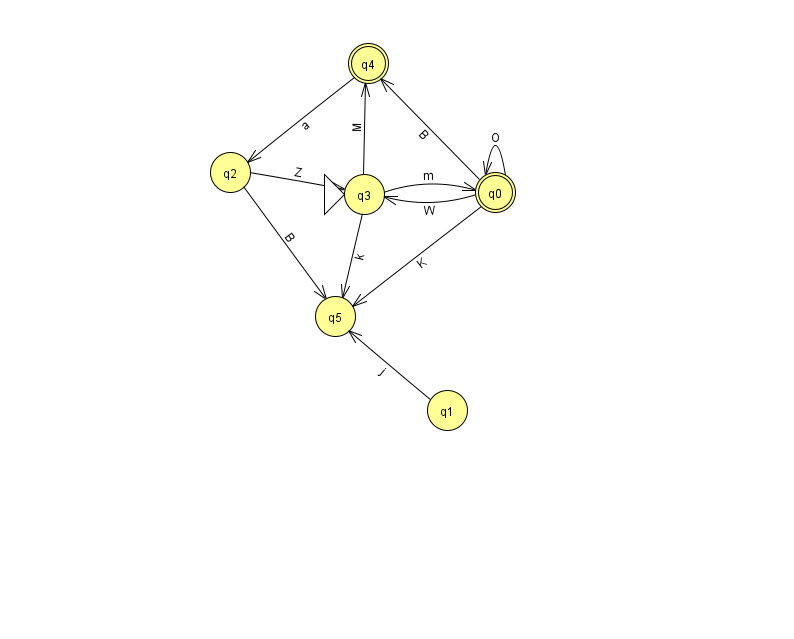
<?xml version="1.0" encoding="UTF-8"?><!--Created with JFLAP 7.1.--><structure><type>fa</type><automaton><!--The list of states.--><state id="0" name="q0"><x>495.0</x><y>179.0</y><final/></state><state id="1" name="q1"><x>447.0</x><y>397.0</y></state><state id="2" name="q2"><x>230.0</x><y>159.0</y></state><state id="3" name="q3"><x>364.0</x><y>181.0</y><initial/></state><state id="4" name="q4"><x>368.0</x><y>50.0</y><final/></state><state id="5" name="q5"><x>335.0</x><y>303.0</y></state><!--The list of transitions.--><transition><from>0</from><to>3</to><read>W</read></transition><transition><from>1</from><to>5</to><read>j</read></transition><transition><from>0</from><to>4</to><read>B</read></transition><transition><from>2</from><to>3</to><read>Z</read></transition><transition><from>0</from><to>5</to><read>K</read></transition><transition><from>3</from><to>0</to><read>m</read></transition><transition><from>3</from><to>4</to><read>M</read></transition><transition><from>3</from><to>5</to><read>k</read></transition><transition><from>4</from><to>2</to><read>a</read></transition><transition><from>0</from><to>0</to><read>O</read></transition><transition><from>2</from><to>5</to><read>B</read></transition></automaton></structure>